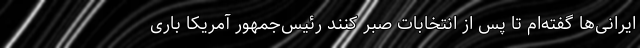
ایرانی‌ها گفته‌ام تا پس از انتخابات صبر کنند رئیس‌جمهور آمریکا باری